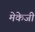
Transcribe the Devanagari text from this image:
मेकेजी